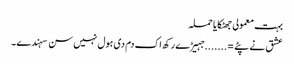
بہت معمولی جھٹکایا حملہ
عشق نے پٹے =.......جہیڑے رکھ اک دم دی ہول نہیں سن سہندے ۔